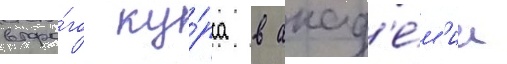
второ́го ку́рса в акад'е́м'ии